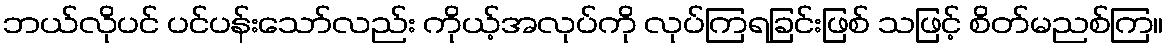
ဘယ်လိုပင် ပင်ပန်းသော်လည်း ကိုယ့်အလုပ်ကို လုပ်ကြရခြင်းဖြစ် သဖြင့် စိတ်မညစ်ကြ။